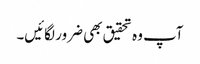
آپ وہ تحقیق بھی ضرور لگائیں۔